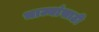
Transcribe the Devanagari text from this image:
भाज्यांसाठी